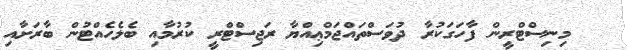
މިނިސްޓްރީން ފާހަގަކުރާ ދުވަސްތައްޖަމްޢިއްޔާ ރަޖިސްޓްރީ ކުރުމާއި ބެލެހެއްޓުން ބާރަށާއި